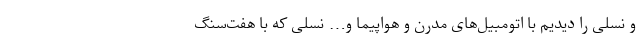
و نسلی را دیدیم با اتومبیل‌های مدرن و هواپیما و… نسلی که با هفت‌سنگ